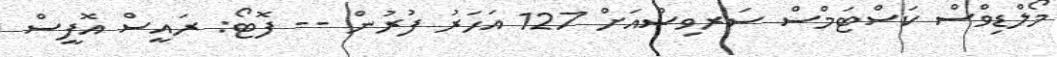
މޯލްޑިވްސް ކަސްޓަމްސް ސަރވިސްއަށް 127 އަހަރު ފުރުން -- ފޮޓޯ: ރައީސް އޮފީސް